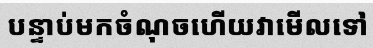
បន្ទាប់មកចំណុចហើយវាមើលទៅ